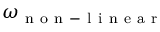
\omega _ { \mathrm { ~ n ~ o ~ n ~ - ~ l ~ i ~ n ~ e ~ a ~ r ~ } }